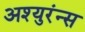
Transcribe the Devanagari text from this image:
अश्युरंन्स